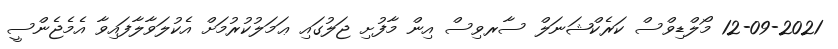
12-09-2021 މޯލްޑިވްސް ކަރެކްޝަނަލް ސާރވިސް އިން މާފުށި ޖަލުގައި ޢަމަލުކުރުމަށް އެކުލަވާލާފައިވާ އެމެޖެންސީ